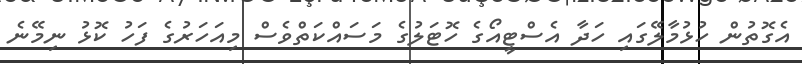
އެގޮތުން ހުޅުމާލޭގައި ހަދާ އެސްޓީއޯގެ ހޮޓަލުގެ މަސައްކަތްވެސް މިއަހަރުގެ ފަހު ކޮޅު ނިމޭނެ